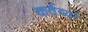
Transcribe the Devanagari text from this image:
कर्तव्यां